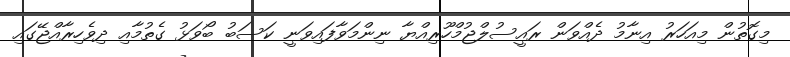
މިގޮތުން މިއަހަރު އިނާމު ދެއްވަން ރައީސުލްޖުމްހޫރިއްޔާ ނިންމަވާފައިވަނީ ކަސަބު ބޯވަޅު ގެތުމާއި ދިވެހިރާއްޖޭގައި